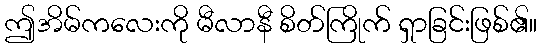
ဤအိမ်ကလေးကို မီလာနီ စိတ်ကြိုက် ရှာခြင်းဖြစ်၏။